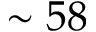
\sim 5 8